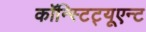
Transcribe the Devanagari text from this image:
कॉन्स्टिट्यूएन्ट